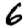
Digit: 6